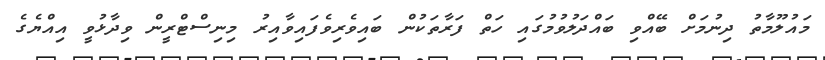
މައުލޫމާތު ދިނުމަށް ބޭއްވި ބައްދަލުވުމުގައި ހަތް ފަރާތަކުން ބައިވެރިވެފައިވާއިރު މިނިސްޓްރީން ވިދާޅުވީ އިއްޔެގެ